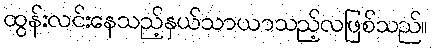
ထွန်းလင်းနေသည့်နှယ်သာယာသည့်လဖြစ်သည်။